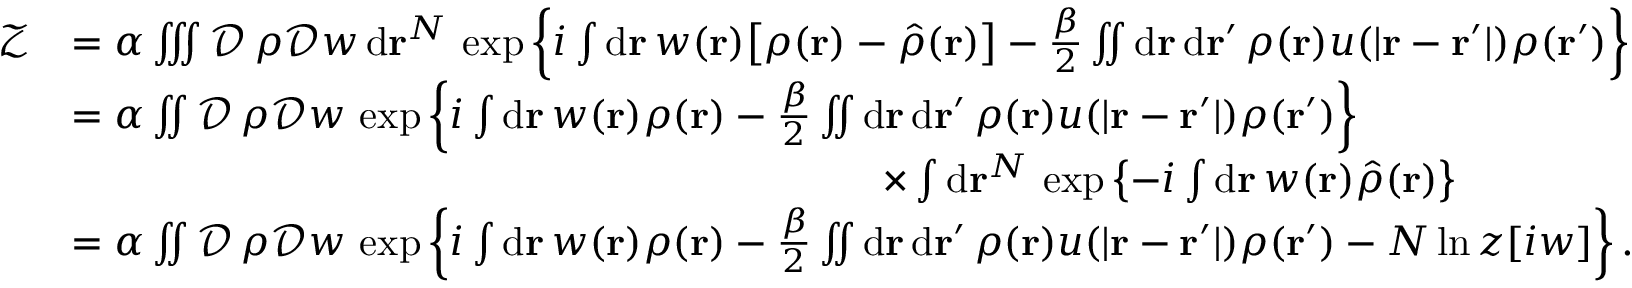
\begin{array} { r l } { \mathcal { Z } } & { = \alpha \iiint \mathcal { D } \, \rho \mathcal { D } w \, \mathrm { d } \mathbf { r } ^ { N } \, \exp \left\{ i \int \mathrm { d } \mathbf { r } \, w ( \mathbf { r } ) \big [ \rho ( \mathbf { r } ) - \hat { \rho } ( \mathbf { r } ) \big ] - \frac { \beta } { 2 } \iint \mathrm { d } \mathbf { r } \, \mathrm { d } \mathbf { r } ^ { \prime } \, \rho ( \mathbf { r } ) u ( \vert \mathbf { r } - \mathbf { r } ^ { \prime } \vert ) \rho ( \mathbf { r } ^ { \prime } ) \right\} } \\ & { = \alpha \iint \mathcal { D } \, \rho \mathcal { D } w \, \exp \left\{ i \int \mathrm { d } \mathbf { r } \, w ( \mathbf { r } ) \rho ( \mathbf { r } ) - \frac { \beta } { 2 } \iint \mathrm { d } \mathbf { r } \, \mathrm { d } \mathbf { r } ^ { \prime } \, \rho ( \mathbf { r } ) u ( \vert \mathbf { r } - \mathbf { r } ^ { \prime } \vert ) \rho ( \mathbf { r } ^ { \prime } ) \right\} } \\ & { \qquad \qquad \qquad \qquad \qquad \qquad \qquad \qquad \qquad \qquad \times \int \mathrm { d } \mathbf { r } ^ { N } \, \exp \left\{ - i \int \mathrm { d } \mathbf { r } \, w ( \mathbf { r } ) \hat { \rho } ( \mathbf { r } ) \right\} } \\ & { = \alpha \iint \mathcal { D } \, \rho \mathcal { D } w \, \exp \left\{ i \int \mathrm { d } \mathbf { r } \, w ( \mathbf { r } ) \rho ( \mathbf { r } ) - \frac { \beta } { 2 } \iint \mathrm { d } \mathbf { r } \, \mathrm { d } \mathbf { r } ^ { \prime } \, \rho ( \mathbf { r } ) u ( \vert \mathbf { r } - \mathbf { r } ^ { \prime } \vert ) \rho ( \mathbf { r } ^ { \prime } ) - N \ln z [ i w ] \right\} . } \end{array}